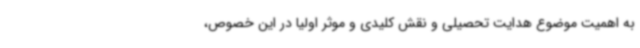
به اهمیت موضوع هدایت تحصیلی و نقش کلیدی و موثر اولیا در این خصوص،